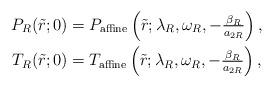
LaTeX: \begin{align*}P_R(\tilde{r};0) &= P_{\rm affine} \left( \tilde{r}; \lambda_R, \omega_R, -\tfrac{\beta_R}{a_{2R}} \right), \\T_R(\tilde{r};0) &= T_{\rm affine} \left( \tilde{r}; \lambda_R, \omega_R, -\tfrac{\beta_R}{a_{2R}} \right),\end{align*}